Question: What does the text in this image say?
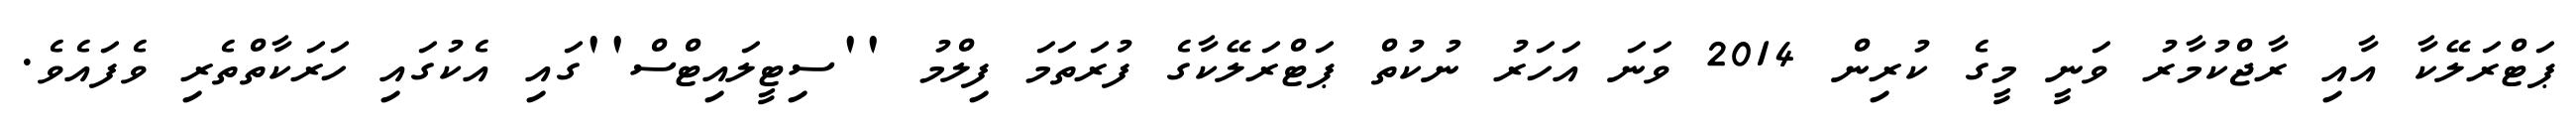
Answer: ޕަޓްރަލޭކާ އާއި ރާޖްކުމާރު ވަނީ މީގެ ކުރިން 2014 ވަނަ އަހަރު ނުކުތް ޕަޓްރަލޭކާގެ ފުރަތަމަ ފިލްމު ''ސިޓީލައިޓްސް''ގައި އެކުގައި ހަރަކާތްތެރި ވެފައެވެ.